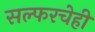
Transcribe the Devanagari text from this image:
सल्फरचेही